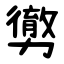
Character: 勶